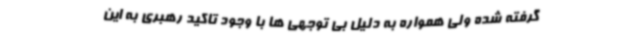
گرفته شده ولی همواره به دلیل بی توجهی ها با وجود تاکید رهبری به این